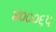
૪૦૦૦૬૫